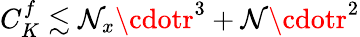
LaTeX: C_{K}^{f}\lesssim\mathcal{N}_{x}\cdotr^{3}+\mathcal{N}\cdotr^{2}